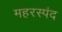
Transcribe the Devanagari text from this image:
महरस्पंद